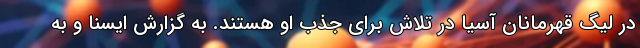
در لیگ قهرمانان آسیا در تلاش برای جذب او هستند. به گزارش ایسنا و به